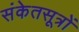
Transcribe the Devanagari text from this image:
संकेतसूत्रों